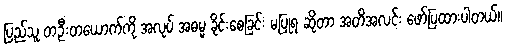
ပြည်သူ တဦးတယောက်ကို အလုပ် အဓမ္မ ခိုင်းစေခြင်း မပြုရ ဆိုတာ အတိအလင်း ဖော်ပြထားပါတယ်။